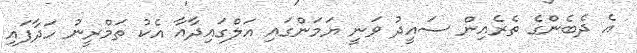
އެ ދެބެންގެ ތެރެއިން ސައީދު ވަނީ ޔަމަންގައި އަލްގައިދާއާ އެކު ތަމްރީނު ހަދާފައި